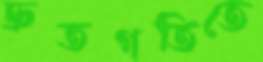
দ্রুতগতিতে